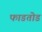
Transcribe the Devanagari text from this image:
फाडतोड